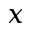
x